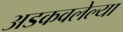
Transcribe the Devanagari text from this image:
अडकवलेल्या